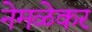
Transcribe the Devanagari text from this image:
नेमळेकर